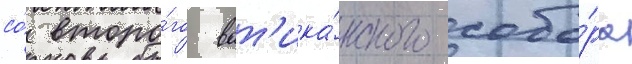
со́ второ́го ват'ика́нского собо́ра